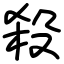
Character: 殺